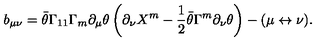
b _ { \mu \nu } = \bar { \theta } \Gamma _ { 1 1 } \Gamma _ { m } \partial _ { \mu } \theta \left( \partial _ { \nu } X ^ { m } - { \frac { 1 } { 2 } } \bar { \theta } \Gamma ^ { m } \partial _ { \nu } \theta \right) - ( \mu \leftrightarrow \nu ) .